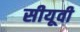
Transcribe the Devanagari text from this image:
सीयूवी